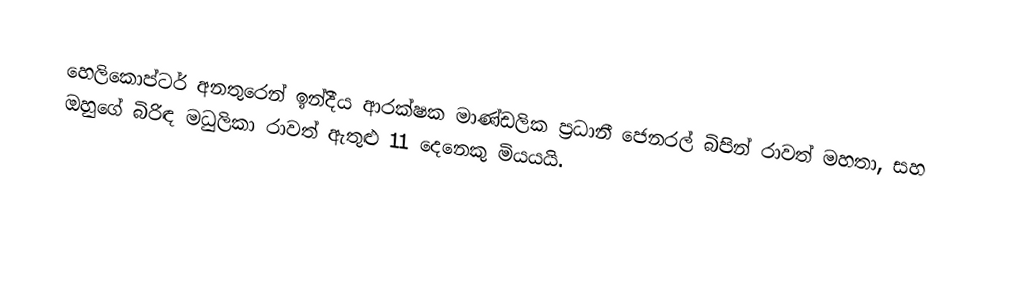
හෙලිකොප්ටර් අනතුරෙන් ඉන්දීය ආරක්ෂක මාණ්ඩලික ප්‍රධානී ජෙනරල් බිපින් රාවත් මහතා, සහ ඔහුගේ බිරිඳ මධුලිකා රාවත් ඇතුළු 11 දෙනෙකු මියයයි.